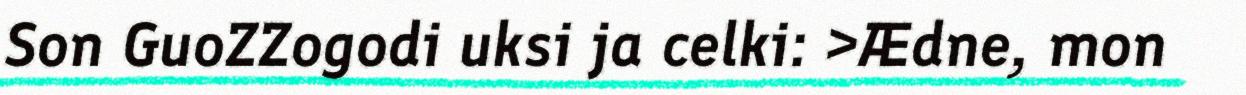
Son GuoZZogodi uksi ja celki: >Ædne, mon